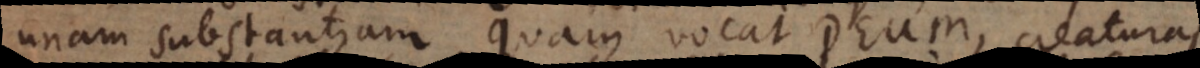
unam substantiam, quam vocat Deum, creaturas